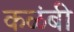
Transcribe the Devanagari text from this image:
कळंबी